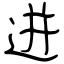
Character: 迸